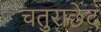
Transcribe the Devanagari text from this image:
चतुराछेद